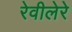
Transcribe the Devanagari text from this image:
रेवीलेरे